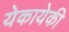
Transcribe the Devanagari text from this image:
येकायेकी